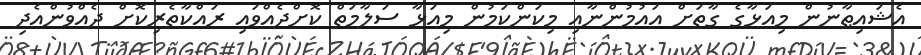
އެޝައިޠާނުން މިއަޅާގެ ގާތަށް އައުމުންނާއި މިކަންކަމުން މިއަޅާ ސަލާމަތް ކޮށްދެއްވައި ރައްކާތެރިކޮށް ދެއްވުންއެދި